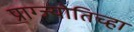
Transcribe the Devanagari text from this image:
प्राग्ज्योतिच्हा